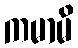
ကမာမိ